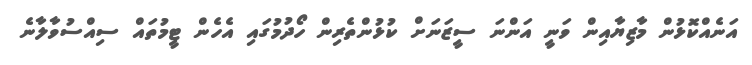
އަނެއްކޮޅުން މާޒިޔާއިން ވަނީ އަންނަ ސީޒަނަށް ކުޅުންތެރިން ހޯދުމުގައި އެހެން ޓީމުތައް ސިއްސުވާލާނެ